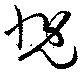
慨